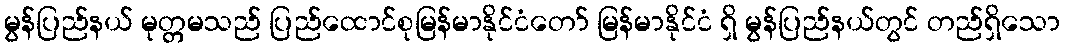
မွန်ပြည်နယ် မုတ္တမသည် ပြည်ထောင်စုမြန်မာနိုင်ငံတော် မြန်မာနိုင်ငံ ရှိ မွန်ပြည်နယ်တွင် တည်ရှိသော